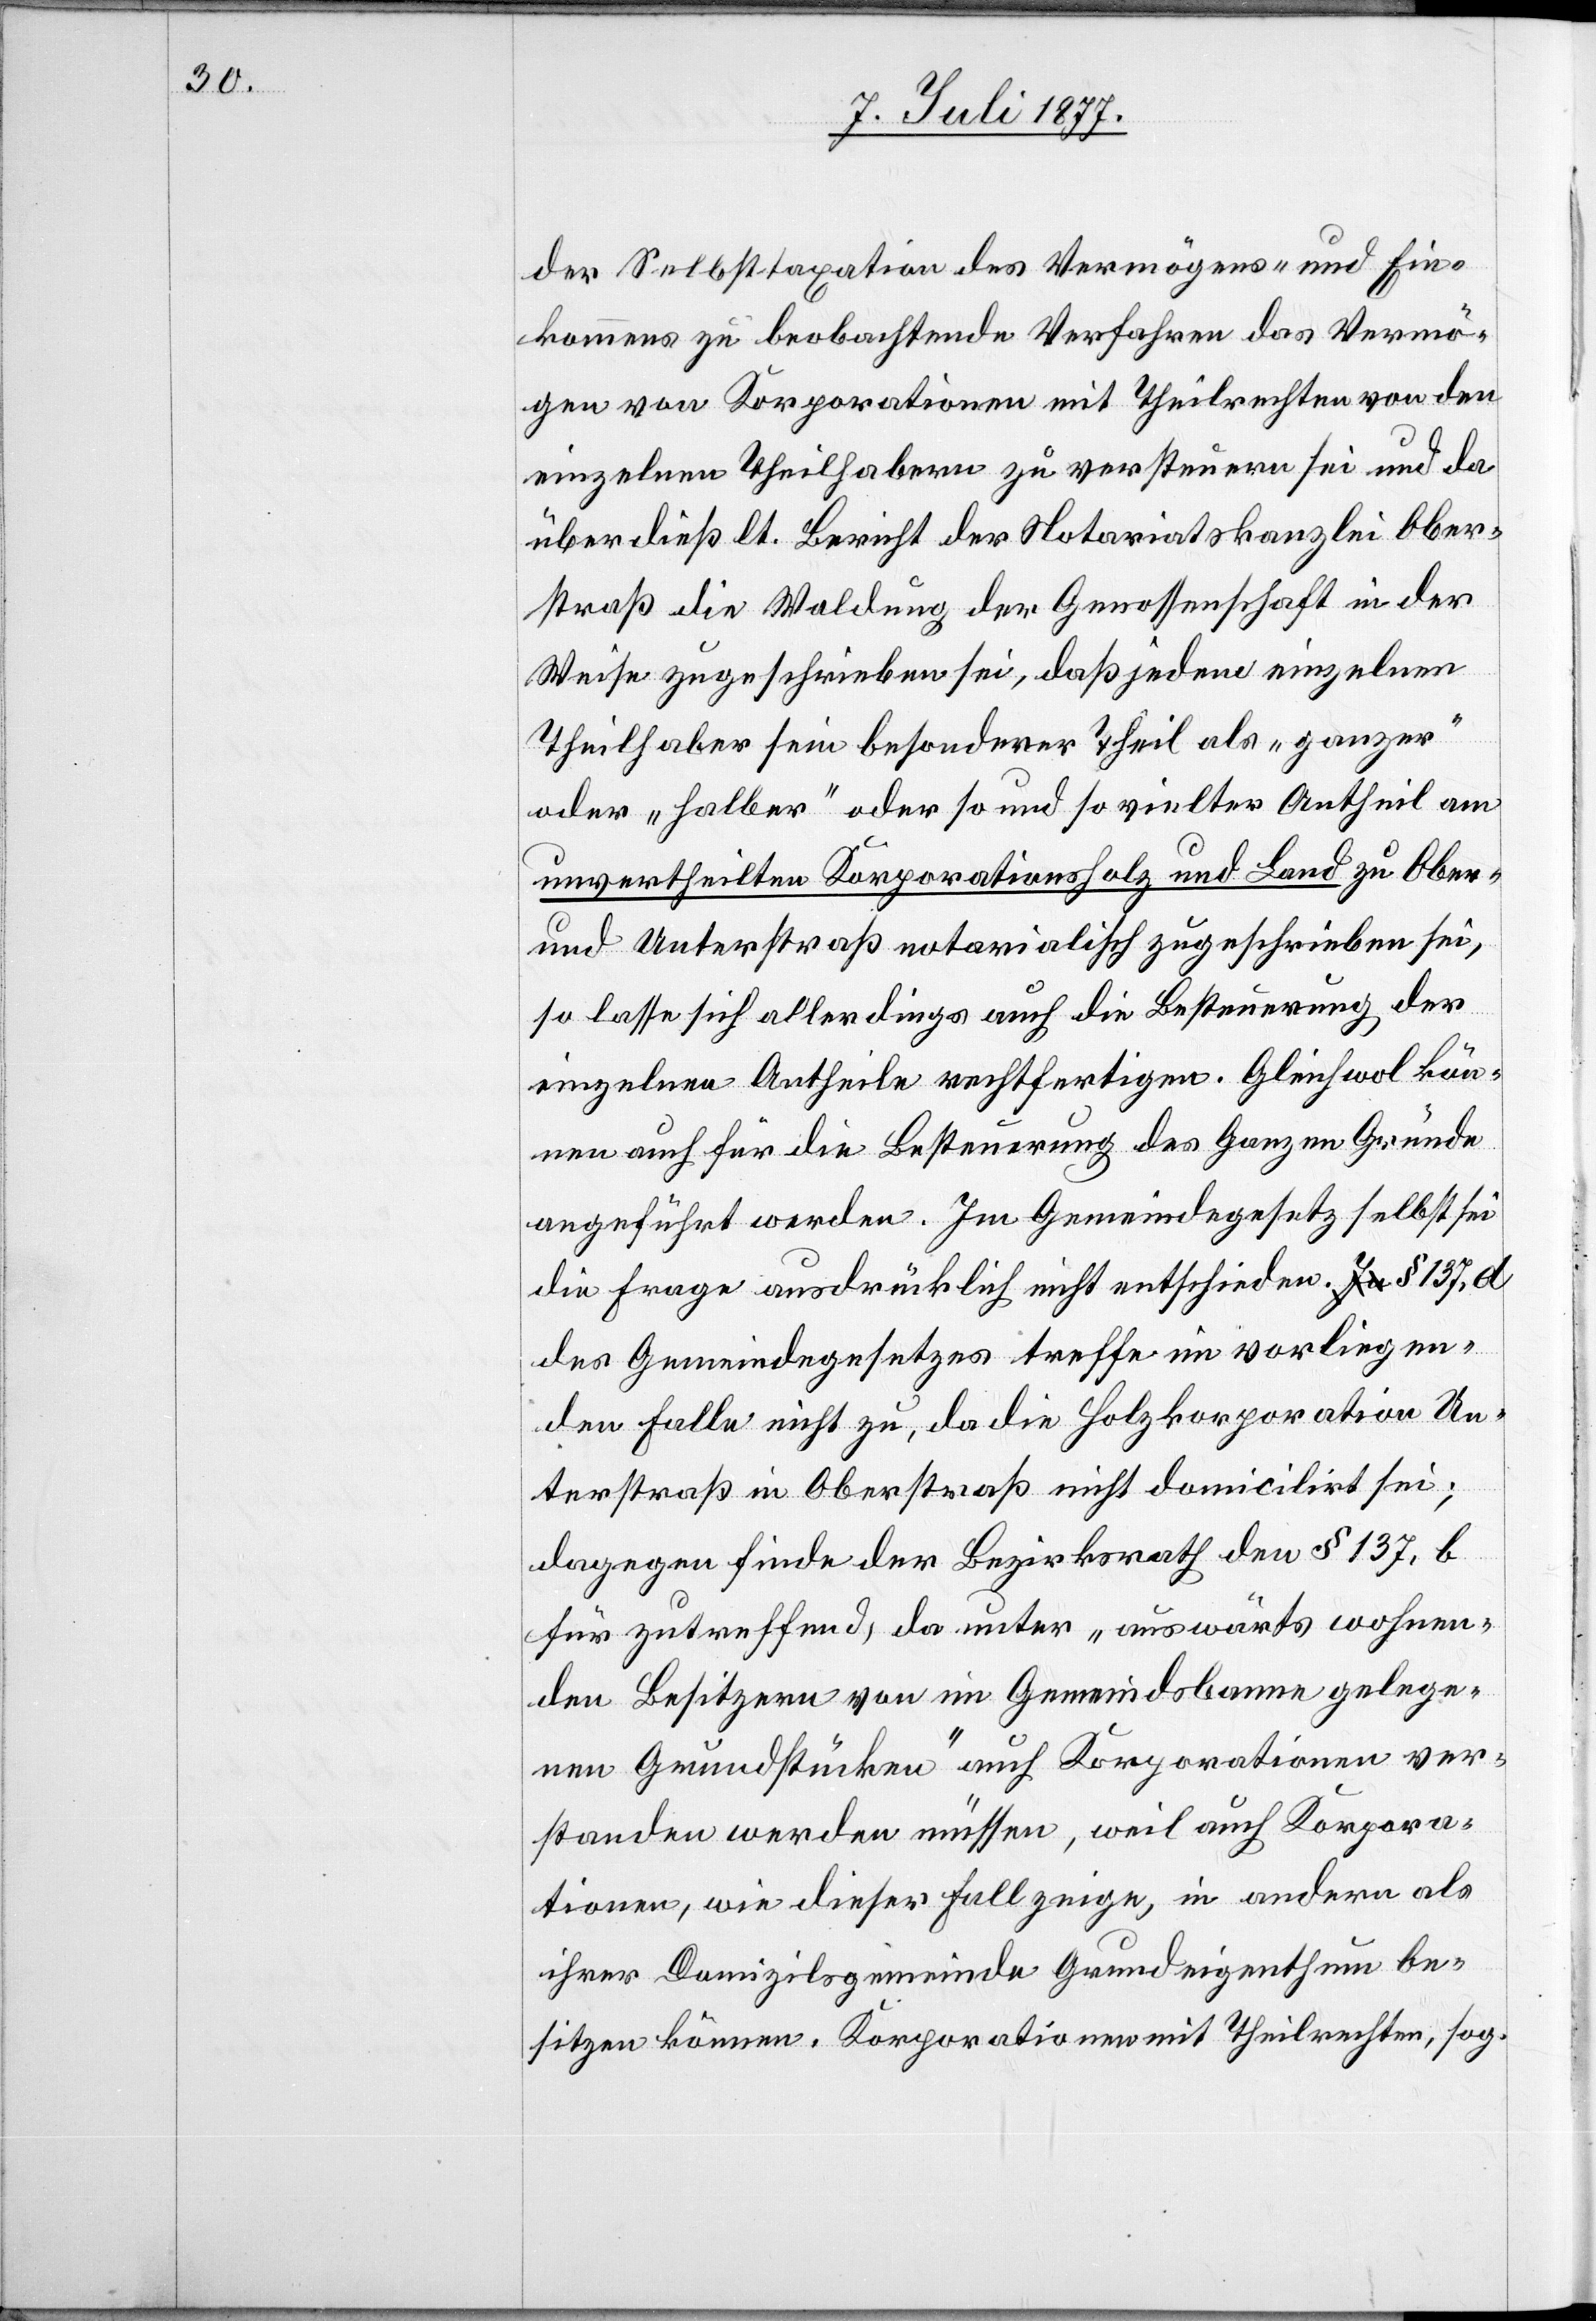
der Selbsttaxation des Vermögens- und Ein¬
kommens zu beobachtende Verfahren das Vermö¬
gen von Korporationen mit Theilrechten von den
einzelnen Theilhabern zu versteuern sei und da
überdieß lt. Bericht der Notariatskanzlei Ober¬
straß die Waldung der Genossenschaft in der
Weise zugeschrieben sei, daß jedem einzelnen
Theilhaber sein besonderer Theil als „ganzer“
oder „halber“ oder so und so vielter Antheil am
unvertheilten Korporationsholz und Land zu Ober-
und Unterstraß notarialisch zugeschrieben sei,
so lasse sich allerdings auch die Besteuerung der
einzelnen Antheile rechtfertigen. Gleichwol kön¬
nen auch für die Besteuerung des Ganzen Gründe
angeführt werden. Im Gemeindegesetz selbst sei
die Frage ausdrücklich nicht entschieden. a-In-a § 137, d
des Gemeindegesetzes treffe im vorliegen¬
den Falle nicht zu, da die Holzkorporation Un¬
terstraß in Oberstraß nicht domicilirt sei;
dagegen finde der Bezirksrath den § 137, b
für zutreffend, da unter „auswärts wohnen¬
den Besitzern von im Gemeindsbanne gelege¬
nen Grundstücken“ auch Korporationen ver¬
standen werden müssen, weil auch Korpora¬
tionen, wie dieser Fall zeige, in andern als
ihrer Domizilsgemeinde Grundeigenthum be¬
sitzen können. Korporationen mit Theilrechten, sog.